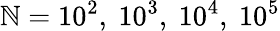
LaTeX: \mathbb{N}=10^{2},\ 10^{3},\ 10^{4},\ 10^{5}